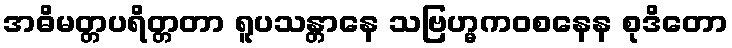
အဓိမတ္တပရိတ္တတာ ရူပသန္တာနေ သဗြဟ္မကဝစနေန စုဒိတော